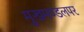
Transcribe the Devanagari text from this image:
मुखमण्डलपर